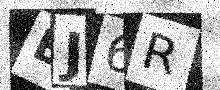
Text: BJ6R